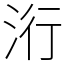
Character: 洐